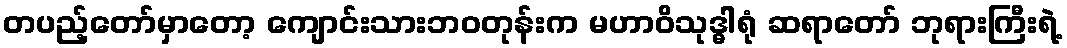
တပည့်တော်မှာတော့ ကျောင်းသားဘဝတုန်းက မဟာဝိသုဒ္ဓါရုံ ဆရာတော် ဘုရားကြီးရဲ့